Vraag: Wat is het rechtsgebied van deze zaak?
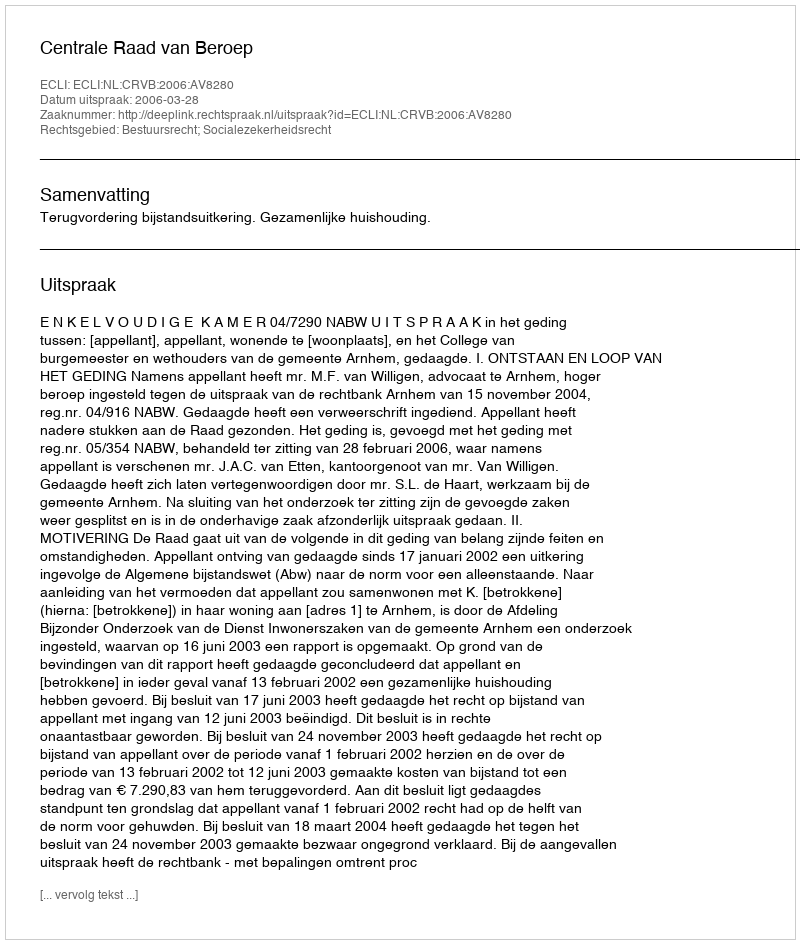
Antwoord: Bestuursrecht; Socialezekerheidsrecht